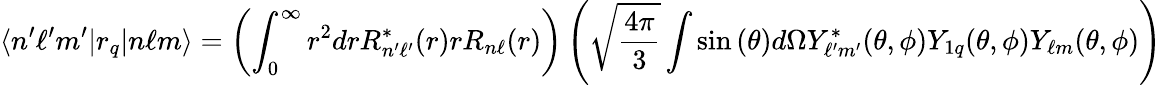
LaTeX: \langle n^{\prime}\ell^{\prime}m^{\prime}|r_{q}|n\ell m\rangle=\left(\int_{0}^{\infty}r^{2}drR_{n^{\prime}\ell^{\prime}}^{*}(r)rR_{n\ell}(r)\right)\left({\sqrt{\frac{4\pi}{3}}}\int\sin{(\theta)}d\Omega Y_{\ell^{\prime}m^{\prime}}^{*}(\theta,\phi)Y_{1q}(\theta,\phi)Y_{\ell m}(\theta,\phi)\right)